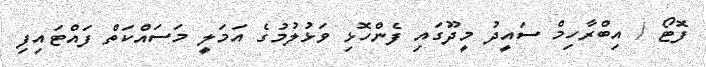
ފޮޓޯ / އިބްރާހިމް ސައީދު މީދޫގައި ފެންހޮޅި ވަޅުލުމުގެ އަމަލީ މަސައްކަތް ފައްޓައިފި